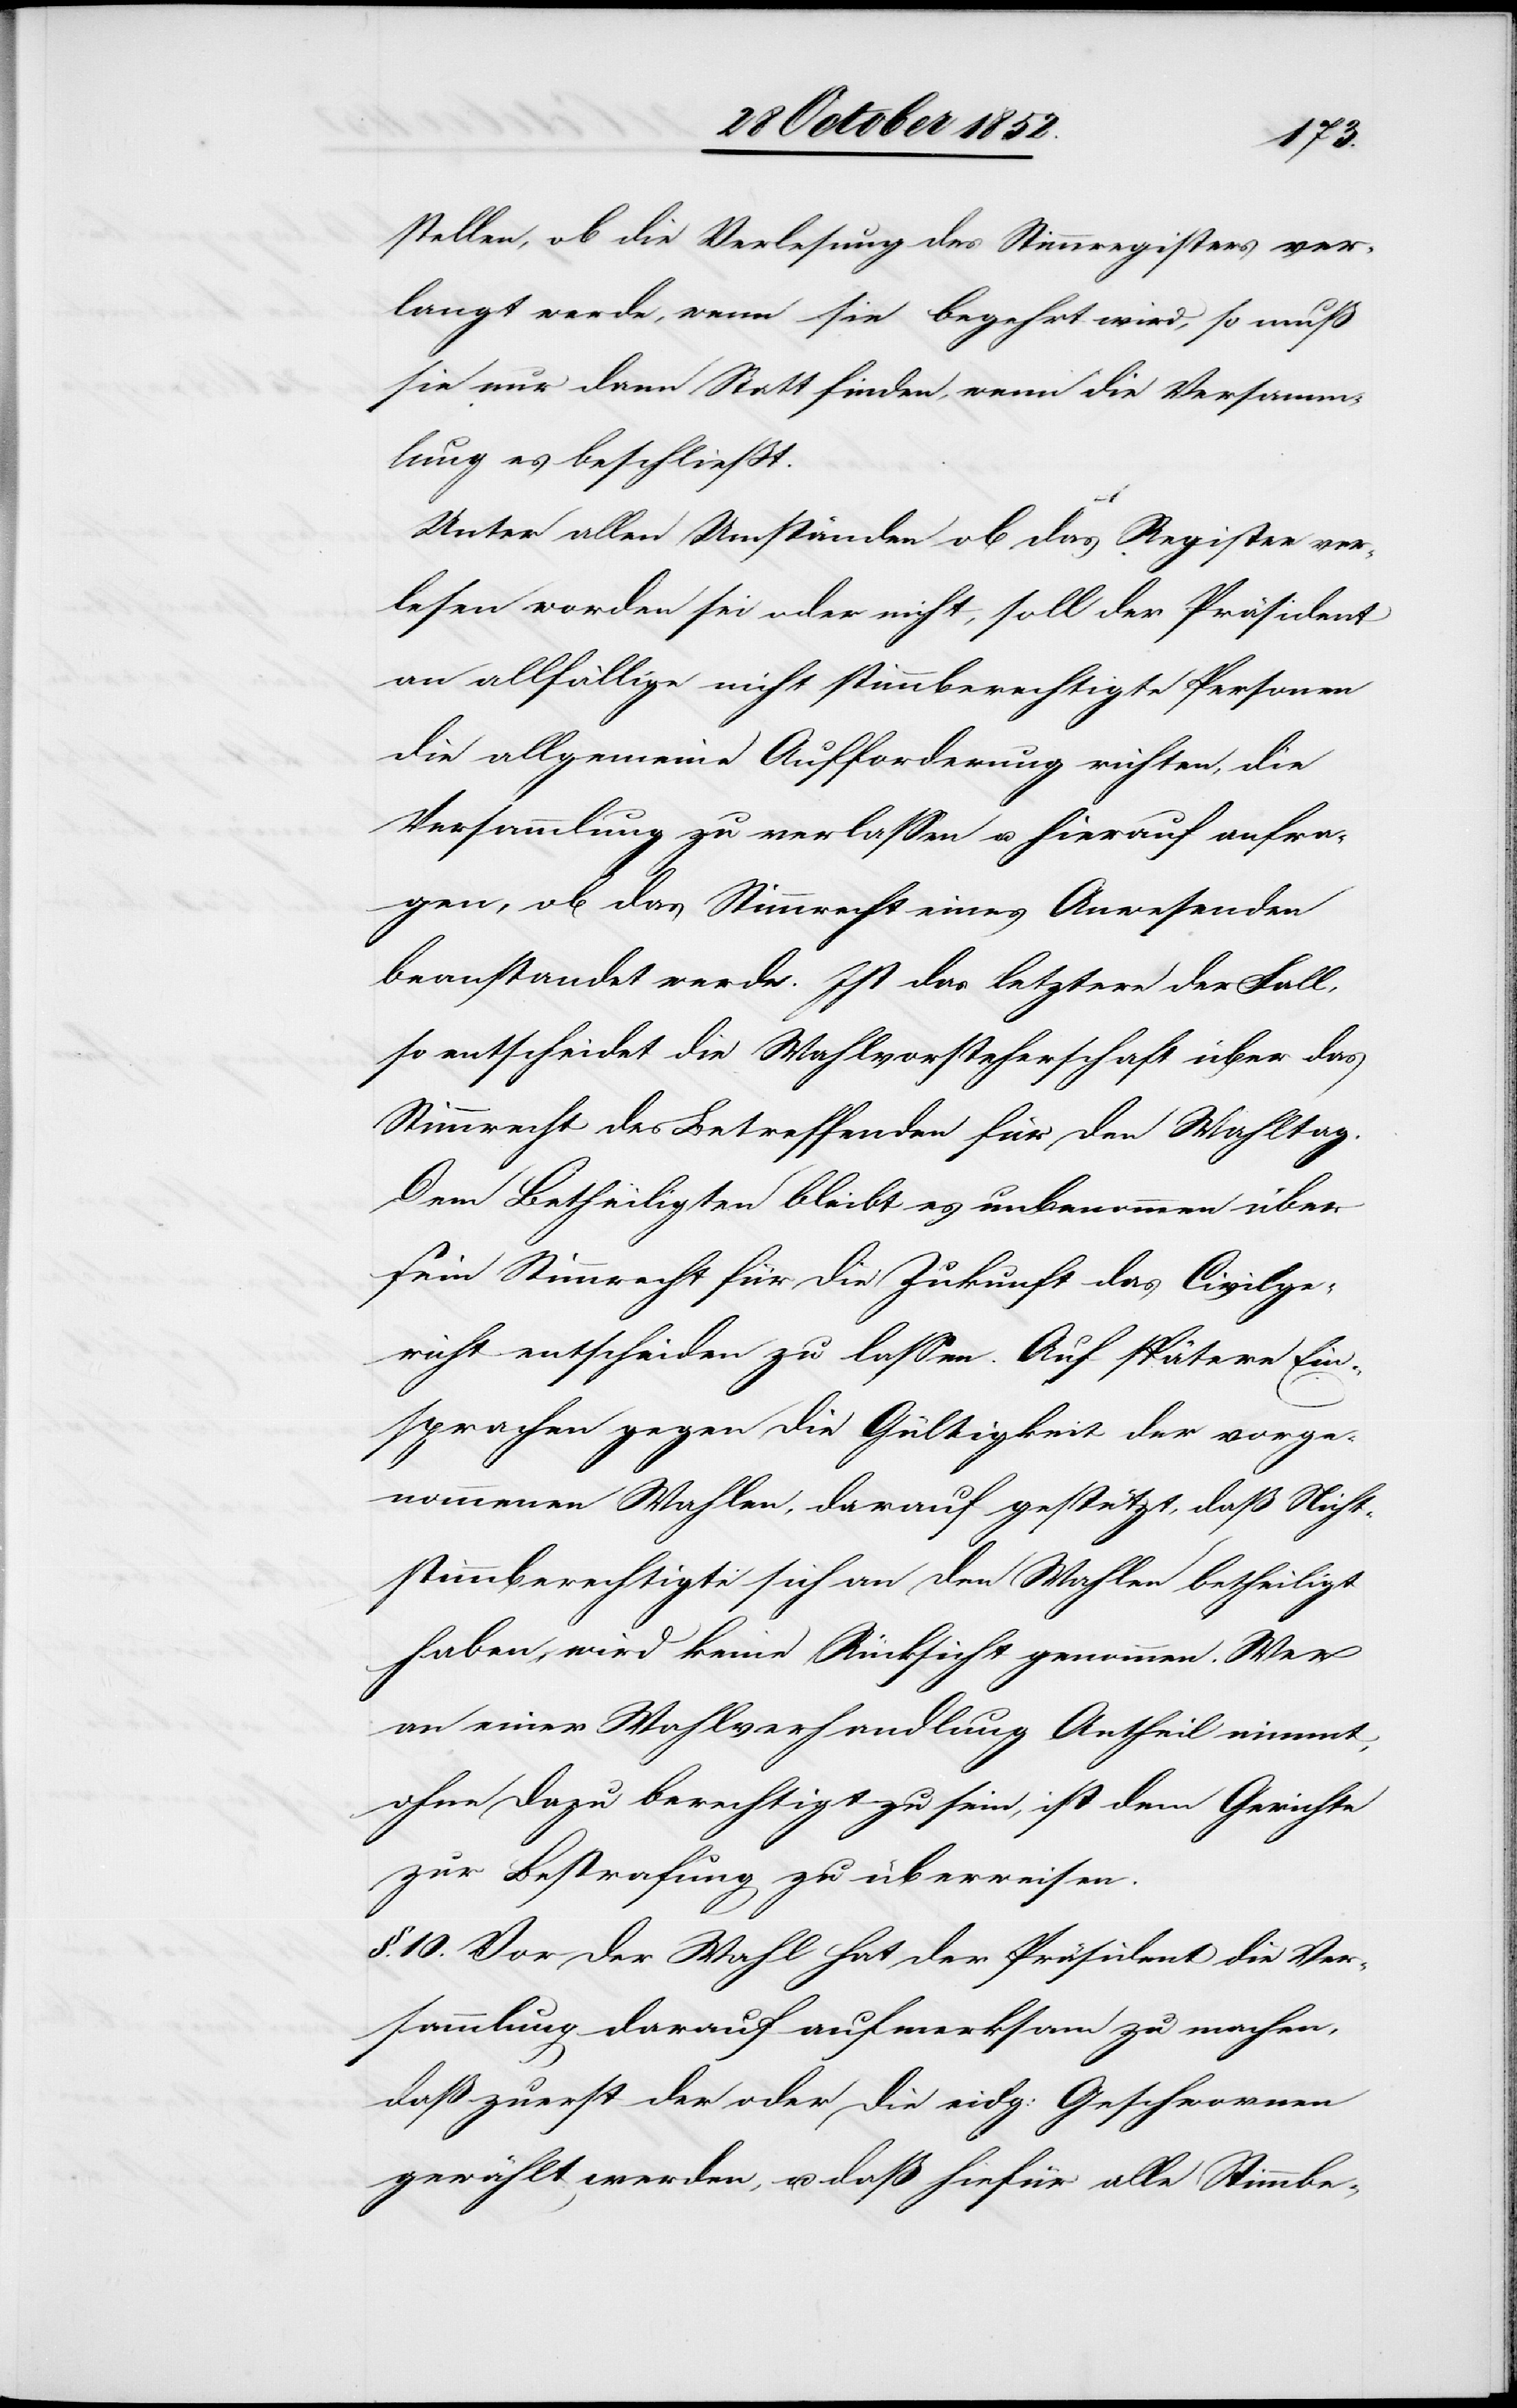
stellen, ob die Verlesung des Stimmregisters ver¬
langt werde, wenn sie begehrt wird, so muß
sie nur dann Statt finden, wenn die Versamm¬
lung es beschließt.
Unter allen Umständen ob das Register ver¬
lesen worden sei oder nicht, soll der Präsident
an allfällige nicht stimmberechtigte Personen
die allgemeine Aufforderung richten, die
Versammlung zu verlassen u. hierauf anfra¬
gen, ob das Stimmrecht eines Anwesenden
beanstandet werde. Ist das letztere der Fall,
so entscheidet die Wahlvorsteherschaft über das
Stimmrecht des Betreffenden für den Wahltag.
Dem Betheiligten bleibt es unbenommen über
sein Stimmrecht für die Zukunft das Civilge¬
richt entscheiden zu lassen. Auf spätere Ein¬
sprachen gegen die Gültigkeit der vorge¬
nommenen Wahlen, darauf gestützt, daß Nicht¬
stimmberechtigte sich an den Wahlen betheiligt
haben, wird keine Rücksicht genommen. Wer
an einer Wahlverhandlung Antheil nimmt,
ohne dazu berechtigt zu sein, ist dem Gerichte
zur Bestrafung zu überweisen.
§. 10. Vor der Wahl hat der Präsident die Ver¬
sammlung darauf aufmerksam zu machen,
daß zuerst der oder die eidg: Geschwornen
gewählt werden, u. daß hiefür alle Stimmbe-